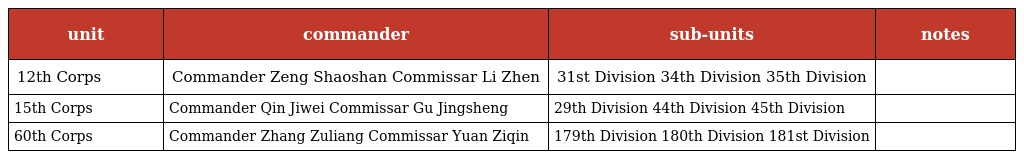
| unit | commander | sub-units | notes |
 | --- | --- | --- | --- |
 | 12th Corps | Commander Zeng Shaoshan Commissar Li Zhen | 31st Division 34th Division 35th Division |  |
 | 15th Corps | Commander Qin Jiwei Commissar Gu Jingsheng | 29th Division 44th Division 45th Division |  |
 | 60th Corps | Commander Zhang Zuliang Commissar Yuan Ziqin | 179th Division 180th Division 181st Division |  |